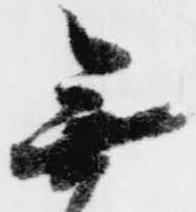
無